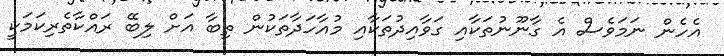
އެހެން ނަމަވެސް އެ ގާނޫނުތަކާއި ގަވާއިދުތަކާއި މުއާހަދާތަކުން ތިބާ އަށް ލިބޭ ރައްކާތެރިކަމަކީ